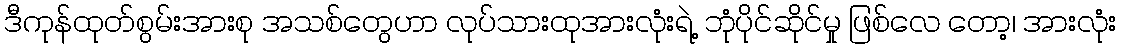
ဒီကုန်ထုတ်စွမ်းအားစု အသစ်တွေဟာ လုပ်သားထုအားလုံးရဲ့ ဘုံပိုင်ဆိုင်မှု ဖြစ်လေ တော့၊ အားလုံး